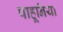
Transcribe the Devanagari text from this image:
पाहूनिया